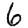
Digit: 6